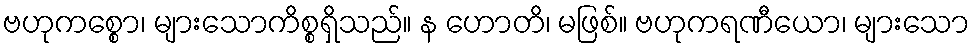
ဗဟုကစ္စော၊ များသောကိစ္စရှိသည်။ န ဟောတိ၊ မဖြစ်။ ဗဟုကရဏီယော၊ များသော